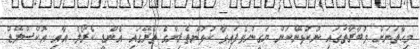
މިހާތަނަށް މުބާރާތުގައި ނުކުޅޭނެކަން ޔަގީންވެފައިވާ ކުޅުންތެރިންގެ ތެރޭގައި އެންޑީ ކެރޯލް އާއި އޮކްސްލޭޑް